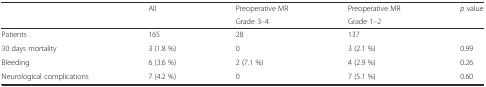
<table><thead><tr><td rowspan="2"></td><td rowspan="2"><b>All</b></td><td><b>Preoperative MR</b></td><td><b>Preoperative MR</b></td><td rowspan="2"><b><i>p</i> value</b></td></tr><tr><td><b>Grade 3–4</b></td><td><b>Grade 1–2</b></td></tr></thead><tbody><tr><td>Patients</td><td>165</td><td>28</td><td>137</td><td></td></tr><tr><td>30 days mortality</td><td>3 (1.8 %)</td><td>0</td><td>3 (2.1 %)</td><td>0.99</td></tr><tr><td>Bleeding</td><td>6 (3.6 %)</td><td>2 (7.1 %)</td><td>4 (2.9 %)</td><td>0.26</td></tr><tr><td>Neurological complications</td><td>7 (4.2 %)</td><td>0</td><td>7 (5.1 %)</td><td>0.60</td></tr></tbody></table>